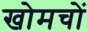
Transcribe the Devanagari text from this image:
खोमचों